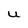
Character: U